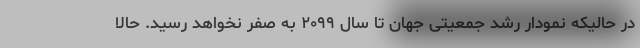
در حالیکه نمودار رشد جمعیتی جهان تا سال ۲۰۹۹ به صفر نخواهد رسید. حالا